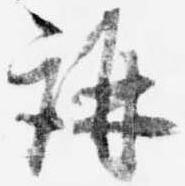
講